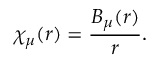
\chi _ { \mu } ( r ) = \frac { B _ { \mu } ( r ) } { r } .